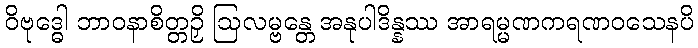
ဝိဗုဒ္ဓေါ ဘာဝနာစိတ္တဉှိ ဩလမ္ဗန္တေ အနုပါဒိန္နဿ အာရမ္မဏကရဏဝသေနပိ